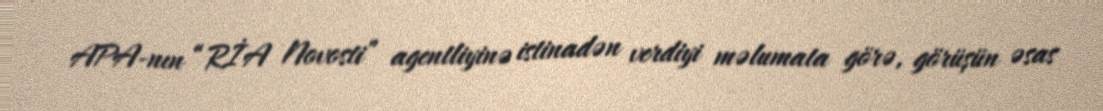
APA-nın “RİA Novosti” agentliyinə istinadən verdiyi məlumata görə, görüşün əsas